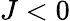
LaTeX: J<0